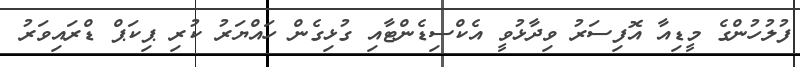
ފުލުހުންގެ މީޑިއާ އޮފިސަރު ވިދާޅުވީ އެކްސިޑެންޓާއި ގުޅިގެން ހައްޔަރު ކުރި ޕިކަަޕް ޑްރައިވަރު